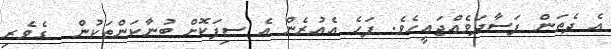
އެ ދެތަން ފަސާދަވެއްޖައީހެވެ. ފަހެ އެއުރެން އެ ސިފަކޮށް ބުނާކަންތަކުން  ގެވެރި